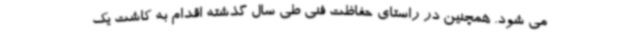
می شود. همچنین در راستای حفاظت فنی طی سال گذشته اقدام به کاشت یک